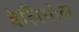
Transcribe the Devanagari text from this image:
बेलियोल